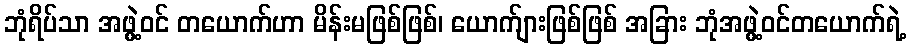
ဘုံရိပ်သာ အဖွဲ့ဝင် တယောက်ဟာ မိန်းမဖြစ်ဖြစ်၊ ယောက်ျားဖြစ်ဖြစ် အခြား ဘုံအဖွဲ့ဝင်တယောက်ရဲ့